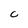
Character: C